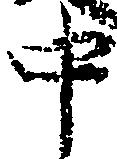
中